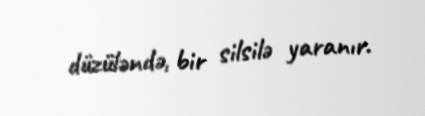
düzüləndə, bir silsilə yaranır.